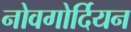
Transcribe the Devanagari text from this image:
नोवगोर्दियन